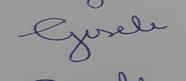
Signature authenticity: forged